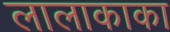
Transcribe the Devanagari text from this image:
लालाकाका